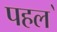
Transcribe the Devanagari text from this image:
पहल॓